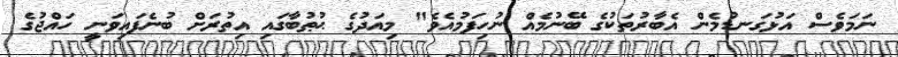
ނަމަވެސް އަޅުގަނޑުމެން އެބާރުތަކުގެ ބޭނުމެއް ނުހިފަމުއެވެ" މިއަދުގެ ޙުޠުބާގައި އިތުރަށް ބުނެފައިވަނީ ހައްޖުގެ